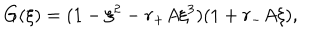
G ( \xi ) = ( 1 - \xi ^ { 2 } - r _ { + } A \xi ^ { 3 } ) ( 1 + r _ { - } A \xi ) ,